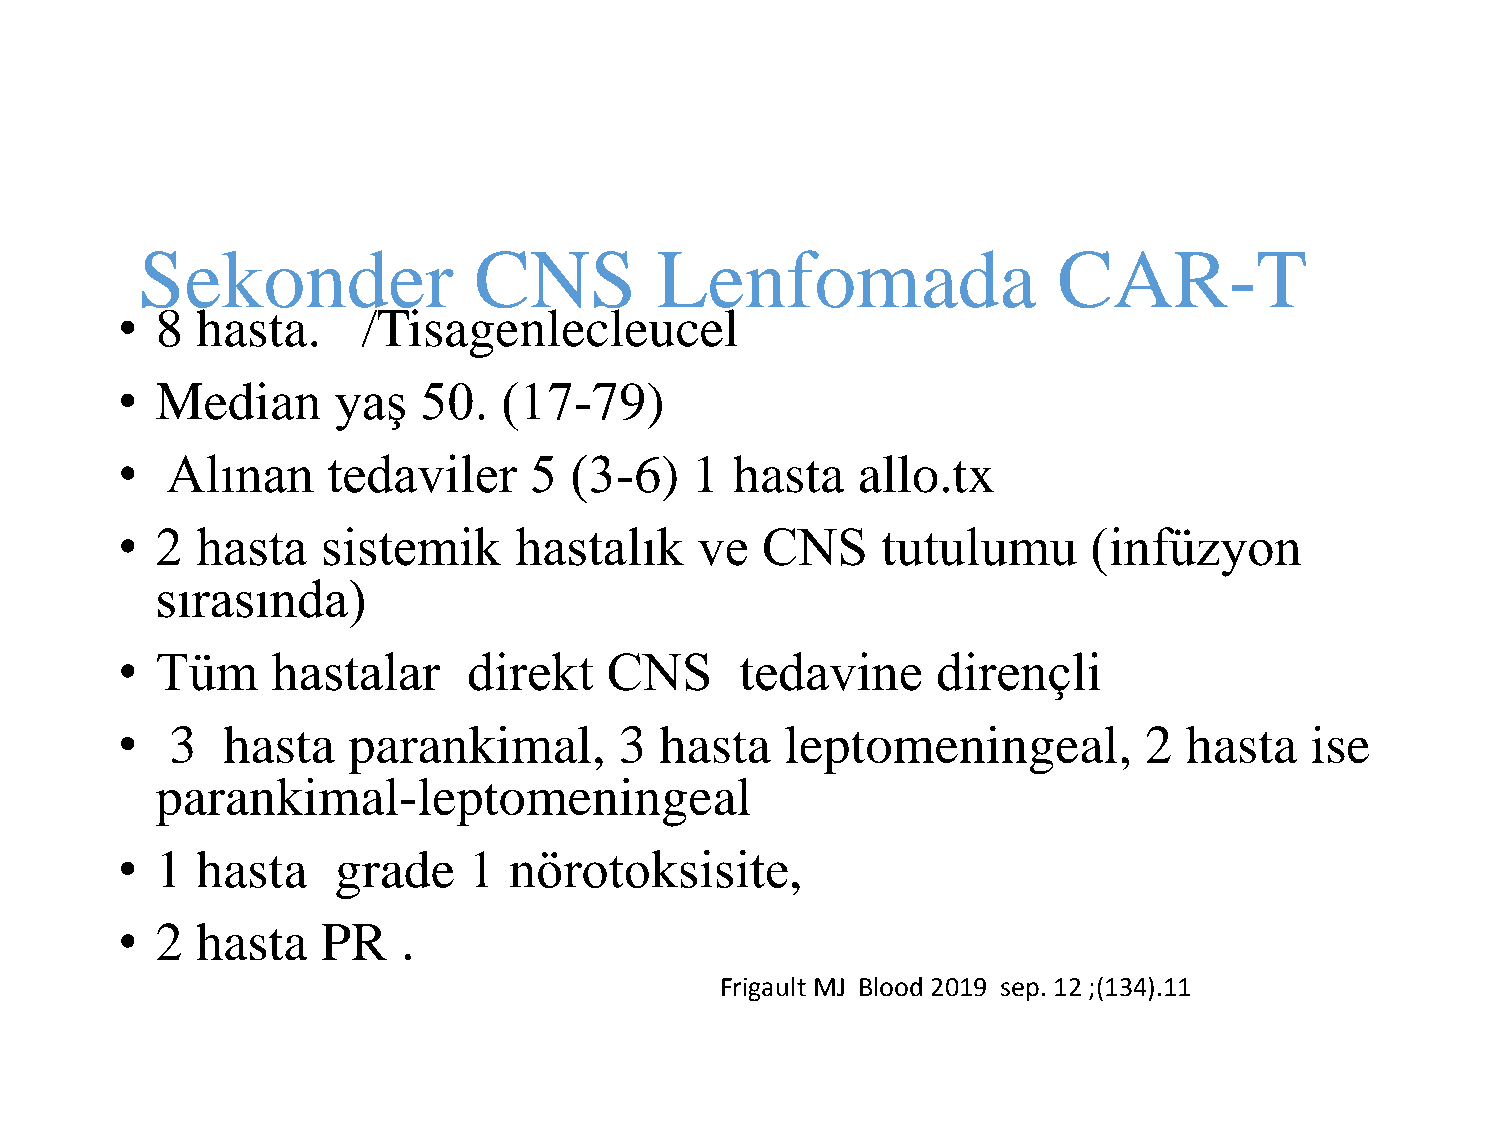
Sekonder              CNS          Lenfomada                 CAR-T
 • 8  hasta.     /Tisagenlecleucel
 • Median      yaş   50.  (17-79)
 •  Alınan     tedaviler    5  (3-6)   1  hasta   allo.tx
 • 2  hasta   sistemik     hastalık    ve  CNS     tutulumu      (infüzyon
 sırasında)
 • Tüm     hastalar     direkt   CNS      tedavine     dirençli
 •  3   hasta   parankimal,       3  hasta   leptomeningeal,         2  hasta   ise
 parankimal-leptomeningeal
 • 1  hasta    grade    1  nörotoksisite,
 • 2  hasta   PR    .
 Frigault MJ Blood 2019 sep. 12 ;(134).11